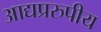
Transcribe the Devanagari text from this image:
आद्यप्ररुपीय